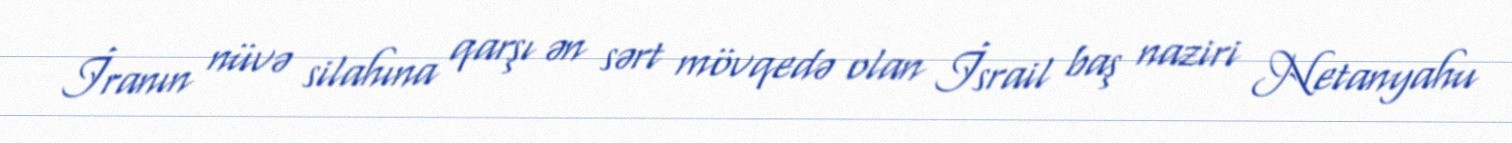
İranın nüvə silahına qarşı ən sərt mövqedə olan İsrail baş naziri Netanyahu